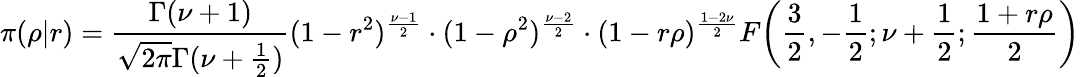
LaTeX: \pi(\rho|r)={\frac{\Gamma(\nu+1)}{{\sqrt{2\pi}}\Gamma(\nu+{\frac{1}{2}})}}(1-r^{2})^{\frac{\nu-1}{2}}\cdot(1-\rho^{2})^{\frac{\nu-2}{2}}\cdot(1-r\rho)^{\frac{1-2\nu}{2}}F\! \left({\frac{3}{2}},-{\frac{1}{2}};\nu+{\frac{1}{2}};{\frac{1+r\rho}{2}}\right)